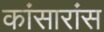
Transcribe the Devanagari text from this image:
कांसारांस